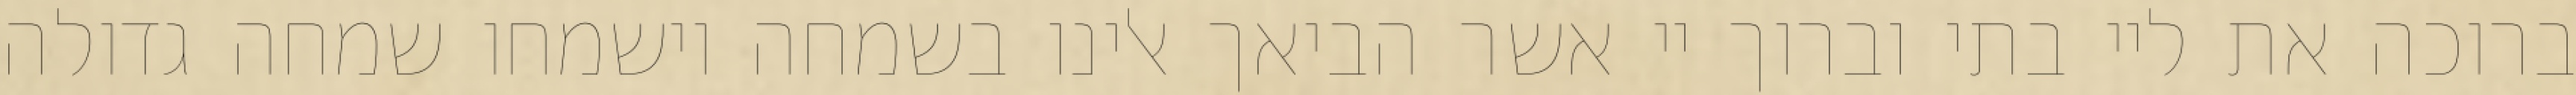
ברוכה את ליי בתי וברוך יי אשר הביאך אלינו בשמחה וישמחו שמחה גדולה